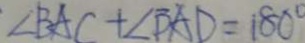
\angle B A C + \angle B A D = 1 8 0 ^ { \circ }